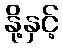
နို့နှင့်